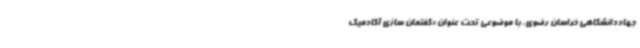
جهاددانشگاهی خراسان رضوی، با موضوعی تحت عنوان «گفتمان سازی آکادمیک